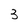
Character: 3